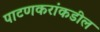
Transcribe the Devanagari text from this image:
पाटणकरांकडील